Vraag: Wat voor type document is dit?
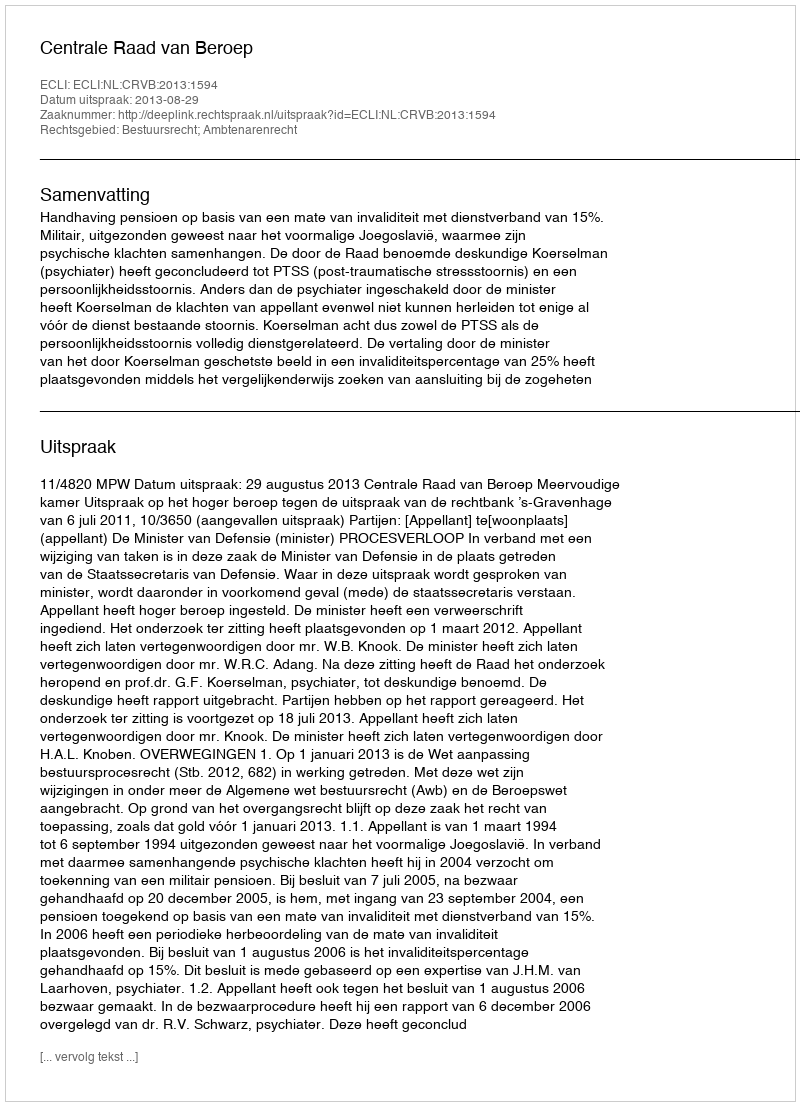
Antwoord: Uitspraak